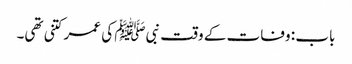
باب : وفات کے وقت نبیﷺ کی عمر کتنی تھی۔